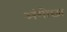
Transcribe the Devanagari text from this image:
अंगोछा